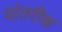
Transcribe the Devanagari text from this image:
वांतरीक्ष